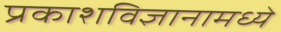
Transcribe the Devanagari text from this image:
प्रकाशविज्ञानामध्ये